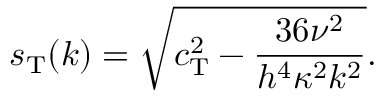
s _ { \mathrm { T } } ( k ) = \sqrt { c _ { \mathrm { T } } ^ { 2 } - \frac { 3 6 \nu ^ { 2 } } { h ^ { 4 } \kappa ^ { 2 } k ^ { 2 } } } .